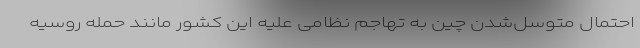
احتمال متوسل‌شدن چین به تهاجم نظامی علیه این کشور مانند حمله روسیه